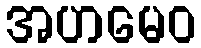
အဟမေဝ